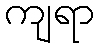
ကျရာ